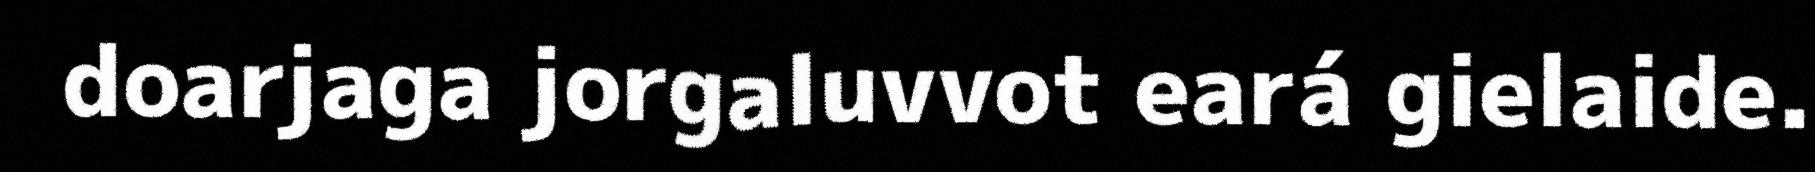
doarjaga jorgaluvvot eará gielaide.